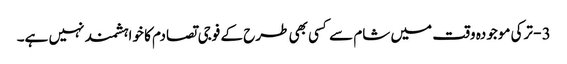
3 - ترکی موجودہ وقت میں شام سے کسی بھی طرح کے فوجی تصادم کا خواہشمند نہیں ہے۔